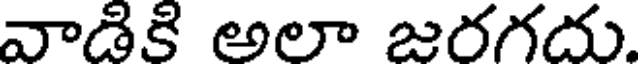
వాడికి అలా జరగదు.